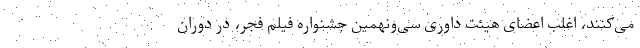
می‌کنند، اغلب اعضای هیئت داوری سی‌ونهمین جشنواره فیلم فجر، در دوران